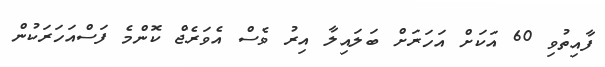
ފާއިތުވި 60 އަކަށް އަހަރަށް ބަލައިލާ އިރު ވެސް އެވަރެޖް ކޮންމެ ފަސްއަހަރަކުން